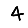
Digit: 4